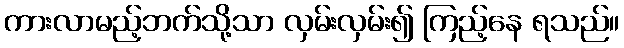
ကားလာမည့်ဘက်သို့သာ လှမ်းလှမ်း၍ ကြည့်နေ ရသည်။